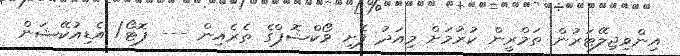
އިންވިޖިލޭޓަރުން ތަމްރީން ކުރުމަށް މިއަދު ފެށި ވޯކްޝޮޕްގެ ތެރެއިން --- ފޮޓޯ/ އެޑިއުކޭޝަން